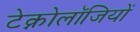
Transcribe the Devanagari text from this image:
टेक्नोलॉजियों